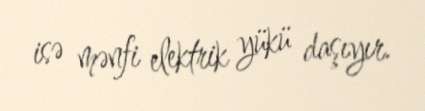
isə mənfi elektrik yükü daşıyır.